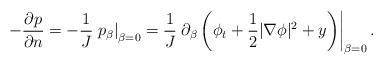
LaTeX: \begin{align*}-\frac{\partial p}{\partial n} = - \frac{1}{J} \left.p_\beta\right|_{\beta=0} =\frac{1}{J}\left.\partial_\beta \left(\phi_t + \frac{1}{2}|\nabla \phi|^2 + y\right)\right|_{\beta=0}.\end{align*}